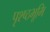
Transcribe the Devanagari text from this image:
पृश्ष्‍ठभूमि